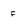
Character: F